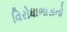
વિરોધાભાસનો